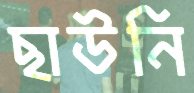
ছাউনি